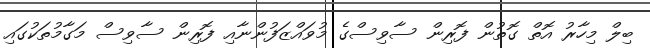
ބިލް މިހާރު އޮތް ގޮތުން ފޮރިން ސާވިސްގެ މުވައްޒަފުންނާއި ފޮރިން ސާވިސް މަގާމުތަކުގައި